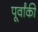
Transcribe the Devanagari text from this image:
पूर्वांकी